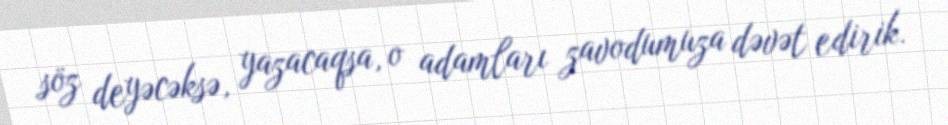
söz deyəcəksə, yazacaqsa, o adamları zavodumuza dəvət edirik.